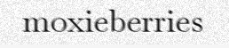
moxieberries